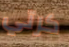
كرتي